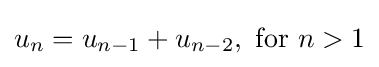
u_{n}=u_{n-1}+u_{n-2},{\text{ for }}n>1